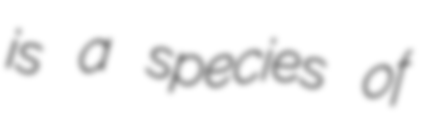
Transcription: is a species of